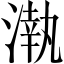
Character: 𣼳